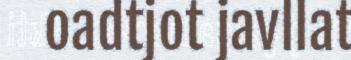
oadtjot javllat